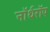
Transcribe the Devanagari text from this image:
नॉर्थरॉप